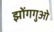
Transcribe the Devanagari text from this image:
झोंगगुओ